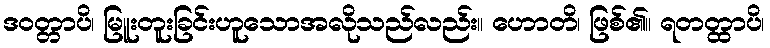
ဒဝတ္တာပိ၊ မြူးတူးခြင်းဟူသောအလိုသည်လည်း။ ဟောတိ၊ ဖြစ်၏။ ရတတ္ထာပိ၊